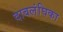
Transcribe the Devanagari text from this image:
दाबलंघिका